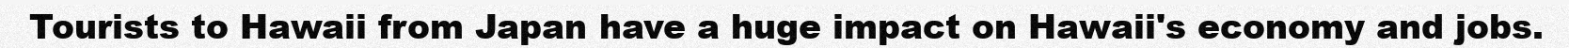
Tourists to Hawaii from Japan have a huge impact on Hawaii's economy and jobs.